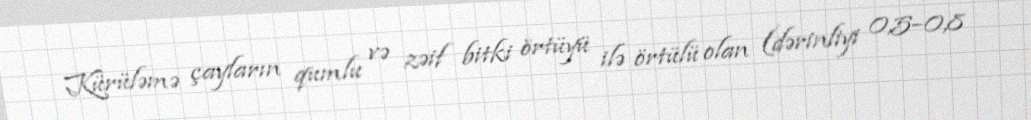
Kürüləmə çayların qumlu və zəif bitki örtüyü ilə örtülü olan (dərinliyi 0,5–0,8